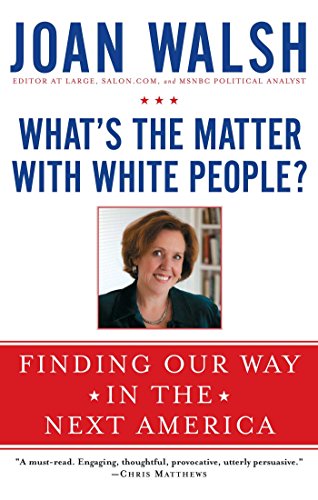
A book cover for What's the Matter with White People?: Finding Our Way in the Next America; Joan Walsh; Biographies & Memoirs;